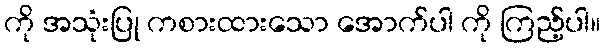
ကို အသုံးပြု ကစားထားသော အောက်ပါ ကို ကြည့်ပါ။